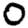
Digit: 0